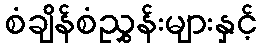
စံချိန်စံညွှန်းများနှင့်